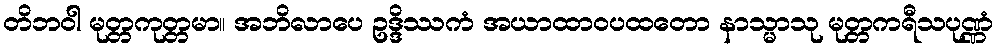
တိဘဝါ မုတ္တကုတ္တမာ။ အဘိလာပေ ဥဒ္ဒိဿကံ အယာထာဝပထတော နာသ္မာသု မုတ္တကရီသပုဏ္ဏံ